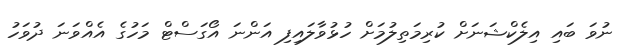
ނުވަ ބައި އިލެކްޝަނަށް ކުރިމަތިލުމަށް ހުޅުވާލައިފި އަންނަ އޯގަސްޓް މަހުގެ އެއްވަނަ ދުވަހު